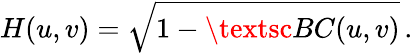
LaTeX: H(u,v)=\sqrt{1-\textsc{BC}(u,v)}\, .